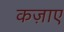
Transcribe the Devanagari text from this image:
कज़ाए